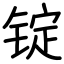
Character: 锭